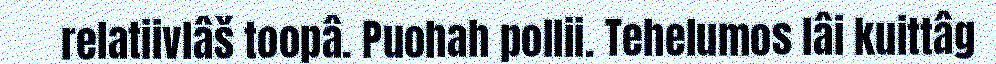
relatiivlâš toopâ. Puohah pollii. Tehelumos lâi kuittâg